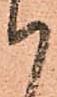
候